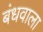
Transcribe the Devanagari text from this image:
बंधवाला